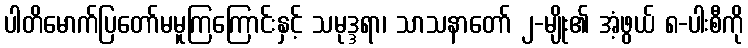
ပါတိမောက်ပြတော်မမူကြကြောင်းနှင့် သမုဒ္ဒရာ၊ သာသနာတော် ၂-မျိုး၏ အံ့ဖွယ် ၈-ပါးစီကို